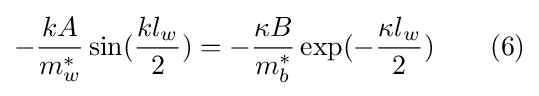
-{\frac {kA}{m_{w}^{*}}}\sin({\frac {kl_{w}}{2}})=-{\frac {\kappa B}{m_{b}^{*}}}\exp(-{\frac {\kappa l_{w}}{2}})\quad \quad (6)